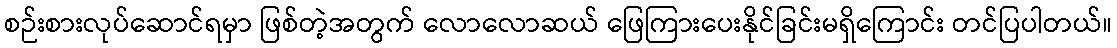
စဉ်းစားလုပ်ဆောင်ရမှာ ဖြစ်တဲ့အတွက် လောလောဆယ် ဖြေကြားပေးနိုင်ခြင်းမရှိကြောင်း တင်ပြပါတယ်။